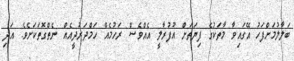
ބަލާލުމަށްފަހު އޭގައިވާ މާތަކުގެ ފިޔަތަށް އުފުރާލީ އެއްވެސް ރަހުމެއް ހަމްދަރުދީއެއް ނެތްގޮތަކަށެވެ. އަދި